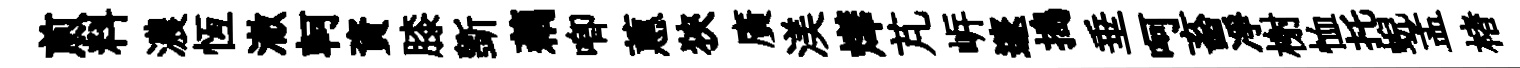
煎料濃恆澈軻資膝斵藕唧蕙狹廣渼燁芃㟁邃搗垂呵畜凈榭恤托蜺孟楮